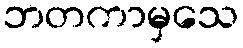
ဘတကာမှသေ